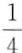
面积最大。 ()